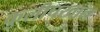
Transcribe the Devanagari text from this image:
कुलीचखान